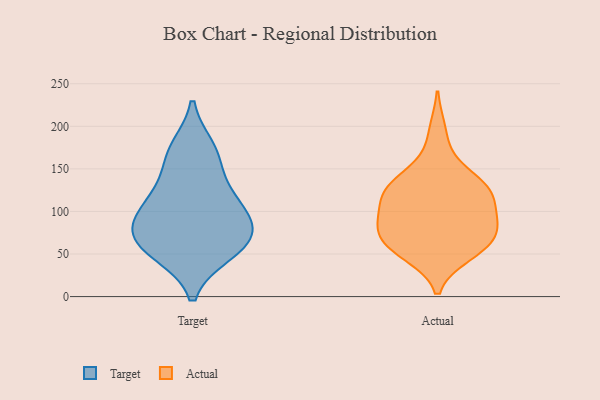
{"axis": {"x": "Gross Profit (USD K)", "y": "Value"}, "legend": ["Actual", "Target"], "data": [{"x": "", "y": 69, "type": "Target"}, {"x": "", "y": 99, "type": "Target"}, {"x": "", "y": 54, "type": "Target"}, {"x": "", "y": 78, "type": "Target"}, {"x": "", "y": 125, "type": "Target"}, {"x": "", "y": 174, "type": "Target"}, {"x": "", "y": 163, "type": "Target"}, {"x": "", "y": 79, "type": "Target"}, {"x": "", "y": 111, "type": "Target"}, {"x": "", "y": 51, "type": "Target"}, {"x": "", "y": 128, "type": "Actual"}, {"x": "", "y": 86, "type": "Actual"}, {"x": "", "y": 123, "type": "Actual"}, {"x": "", "y": 109, "type": "Actual"}, {"x": "", "y": 130, "type": "Actual"}, {"x": "", "y": 88, "type": "Actual"}, {"x": "", "y": 134, "type": "Actual"}, {"x": "", "y": 195, "type": "Actual"}, {"x": "", "y": 125, "type": "Actual"}, {"x": "", "y": 84, "type": "Actual"}, {"x": "", "y": 75, "type": "Actual"}, {"x": "", "y": 157, "type": "Actual"}, {"x": "", "y": 113, "type": "Actual"}, {"x": "", "y": 66, "type": "Actual"}, {"x": "", "y": 63, "type": "Actual"}, {"x": "", "y": 51, "type": "Actual"}, {"x": "", "y": 49, "type": "Actual"}, {"x": "", "y": 88, "type": "Actual"}, {"x": "", "y": 56, "type": "Actual"}]}